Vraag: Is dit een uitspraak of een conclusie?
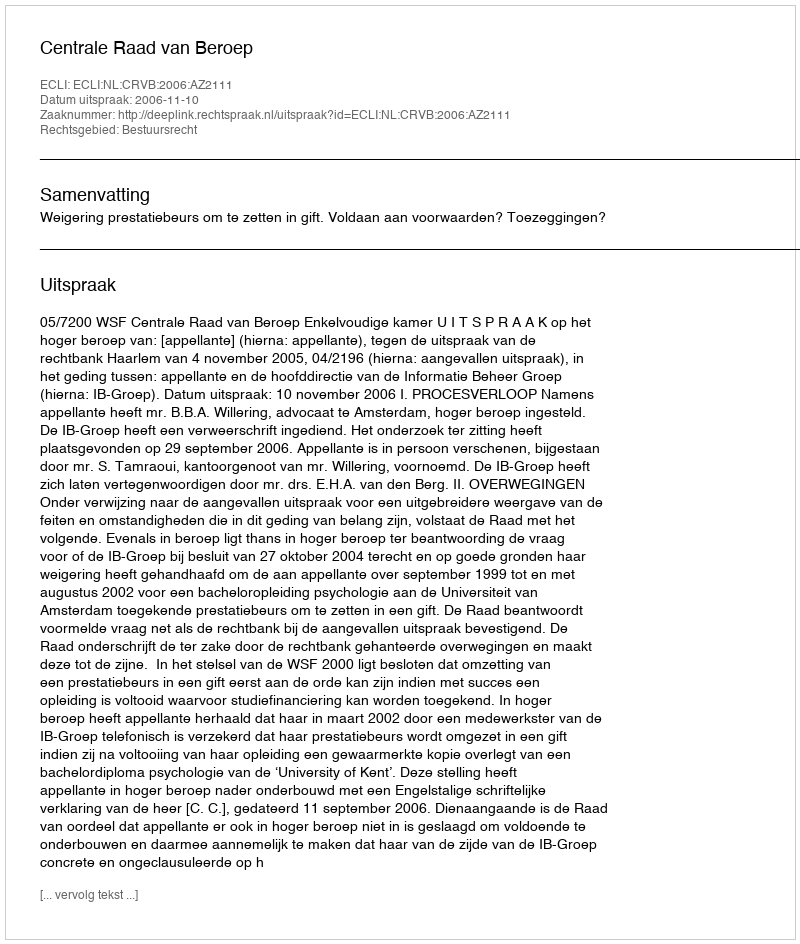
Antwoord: Uitspraak